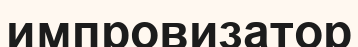
импровизатор